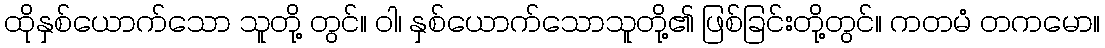
ထိုနှစ်ယောက်သော သူတို့ တွင်။ ဝါ၊ နှစ်ယောက်သောသူတို့၏ ဖြစ်ခြင်းတို့တွင်။ ကတမံ တကမော။